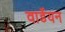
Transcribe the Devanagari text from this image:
वार्डेयन